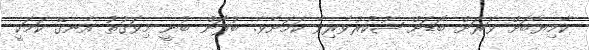
ކާމިޔާބަށް ވަރަށް ބޮޑަށް ޝުކުރުވެރިވާ ކަމަށެވެ. ބުފޮން ބުނީ މިވަގުތު އެނގޭ ކަމަކީ